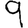
Digit: 9